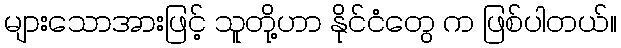
များသောအားဖြင့် သူတို့ဟာ နိုင်ငံတွေ က ဖြစ်ပါတယ်။